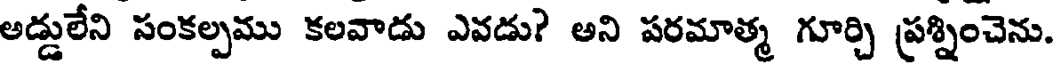
అడ్డులేని సంకల్పము కలవాడు ఎవడు? అని పరమాత్మ గూర్చి ప్రశ్నించెను.